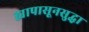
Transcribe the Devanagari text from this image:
ह्यापासूनसुद्धा